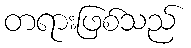
တရားဖြစ်သည်